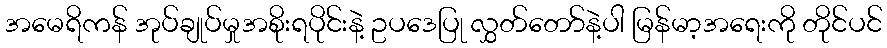
အမေရိကန် အုပ်ချုပ်မှုအစိုးရပိုင်းနဲ့ ဥပဒေပြု လွှတ်တော်နဲ့ပါ မြန်မာ့အရေးကို တိုင်ပင်